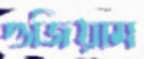
গুজিয়াম